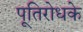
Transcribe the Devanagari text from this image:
पूतिरोधके